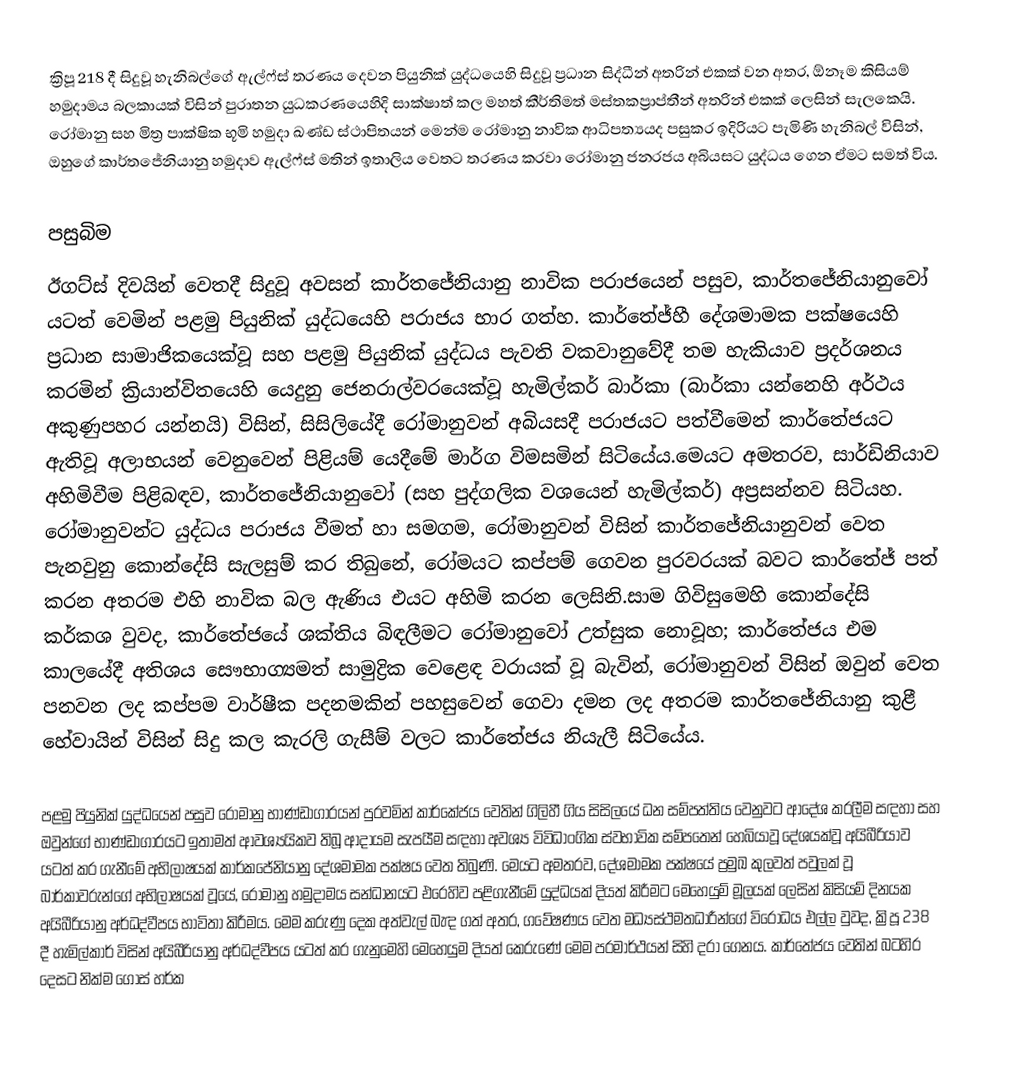
ක්‍රිපූ 218 දී සිදුවූ හැනිබල්ගේ ඇල්ෆ්ස් තරණය දෙවන පියුනික් යුද්ධයෙහි සිදුවූ ප්‍රධාන සිද්ධීන් අතරින් එකක් වන අතර, ඕනෑම කිසියම් හමුදාමය බලකායක් විසින් පුරාතන යුධකරණයෙහිදි සාක්ෂාත් කල මහත් කීර්තිමත් මස්තකප්‍රාප්තීන් අතරින් එකක් ලෙසින් සැලකෙයි.  රෝමානු සහ මිත්‍ර පාක්ෂික භූමි හමුදා ඛණ්ඩ ස්ථාපිතයන්  මෙන්ම රෝමානු නාවික ආධිපත්‍යයද පසුකර ඉදිරියට පැමිණි හැනිබල් විසින්, ඔහුගේ  කාර්තජේනියානු හමුදාව  ඇල්ෆ්ස් මතින් ඉතාලිය වෙතට තරණය කරවා රෝමානු ජනරජය අබියසට යුද්ධය ගෙන ඒමට සමත් විය.

පසුබිම
ඊගට්ස් දිවයින් වෙතදී සිදුවූ අවසන්  කාර්තජේනියානු  නාවික පරාජයෙන් පසුව, කාර්තජේනියානුවෝ යටත් වෙමින් පළමු පියුනික් යුද්ධයෙහි පරාජය භාර ගත්හ. කාර්තේජ්හී දේශමාමක පක්ෂයෙහි ප්‍රධාන සාමාජිකයෙක්වූ  සහ පළමු පියුනික් යුද්ධය පැවති වකවානුවේදී තම හැකියාව ප්‍රදර්ශනය කරමින් ක්‍රියාන්විතයෙහි යෙදුනු ජෙනරාල්වරයෙක්වූ හැමිල්කර් බාර්කා (බාර්කා යන්නෙහි අර්ථය අකුණුපහර යන්නයි) විසින්, සිසිලියේදී රෝමානුවන් අබියසදී පරාජයට පත්වීමෙන් කාර්තේජයට ඇතිවූ අලාභයන් වෙනුවෙන් පිළියම් යෙදීමේ මාර්ග විමසමින් සිටියේය.මෙයට අමතරව, සාර්ඩිනියාව අහිමිවීම පිළිබඳව,  කාර්තජේනියානුවෝ (සහ පුද්ගලික වශයෙන් හැමිල්කර්) අප්‍රසන්නව සිටියහ. රෝමානුවන්ට යුද්ධය පරාජය වීමත් හා සමගම, රෝමානුවන් විසින්  කාර්තජේනියානුවන් වෙත පැනවුනු කොන්දේසි සැලසුම් කර තිබුනේ, රෝමයට කප්පම් ගෙවන පුරවරයක් බවට කාර්තේජ් පත් කරන අතරම එහි නාවික බල ඇණිය එයට අහිමි කරන ලෙසිනි.සාම ගිවිසුමෙහි කොන්දේසි කර්කශ වුවද, කාර්තේජයේ ශක්තිය බිඳලීමට රෝමානුවෝ උත්සුක නොවූහ; කාර්තේජය එම කාලයේදී අතිශය සෞභාග්‍යමත් සාමුද්‍රික වෙළෙඳ වරායක් වූ බැවින්, රෝමානුවන් විසින් ඔවුන් වෙත පනවන ලද කප්පම වාර්ෂීක පදනමකින් පහසුවෙන් ගෙවා දමන ලද අතරම කාර්තජේනියානු කුළී හේවායින් විසින් සිදු කල කැරලි ගැසීම් වලට කාර්තේජය නියැලී සිටියේය.

පළමු පියුනික් යුද්ධයෙන් පසුව රෝමානු භාණ්ඩාගාරයන් පුරවමින් කාර්කේජය වෙතින් ගිලිහී ගිය සිසිලයේ ධන සම්පත්තිය වෙනුවට ආදේශ කරලීම සඳහා සහ ඔවුන්ගේ භාණ්ඩාගාරයට ඉතාමත් ආවශ්‍යයිකව තිබූ ආදායම සැපයීම   සඳහා අවශ්‍ය විවිධාංගික ස්වභාවික සම්පතෙන් හෙබියාවූ දේශයක්වූ අයිබීරියාව යටත් කර ගැනීමේ අභිලාෂයක් කාර්කජේනියානු දේශමාමක පක්ෂය වෙත තිබුණි. මෙයට අමතරව, දේශමාමක පක්ෂයේ ප්‍රමුඛ කුලවත් පවුලක් වූ බාර්කාවරුන්ගේ අභිලාෂයක් වූයේ, රෝමානු හමුදාමය සන්ධානයට එරෙහිව පළිගැනීමේ යුද්ධයක් දියත් කිරීමට මෙහෙයුම් මූලයක් ලෙසින් කිසියම් දිනයක අයිබීරියානු අර්ධද්වීපය භාවිතා කිරීමය. මෙම කරුණු දෙක අත්වැල් බැඳ ගත් අතර,  ගවේෂණය වෙත මධ්‍යස්ථමතධාරීන්ගේ විරෝධය එල්ල වුවද, ක්‍රිපූ  238 දී හැමිල්කාර් විසින් අයිබීරියානු අර්ධද්වීපය යටත් කර ගැනුමෙහි මෙහෙයුම දියත් කෙරුණේ මෙම පරමාර්ථයන් සිහි දරා ගෙනය. කාර්තේජය වෙතින් බටහිර දෙසට නික්ම ගොස්  හර්ක